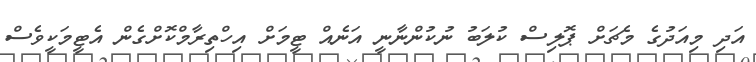
އަދި މިއަދުގެ މެޗަށް ޕޮލިސް ކުލަބު ނުކުންނާނީ އަނެއް ޓީމަށް އިހްތިރާމްކޮށްގެން އެޓީމަކީވެސް